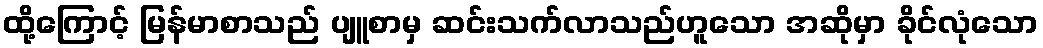
ထို့ကြောင့် မြန်မာစာသည် ပျူစာမှ ဆင်းသက်လာသည်ဟူသော အဆိုမှာ ခိုင်လုံသော